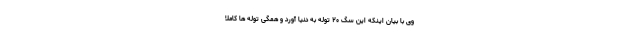
وی با بیان اینکه این سگ ۲۰ توله به دنیا آورد و همگی توله ها کاملا